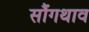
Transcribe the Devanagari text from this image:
सौंगथाव